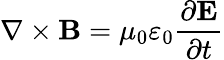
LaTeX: \nabla\times\mathbf{B}=\mu_{0}\varepsilon_{0}{\frac{\partial\mathbf{E}}{\partial t}}